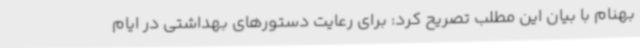
بهنام با بیان این مطلب تصریح کرد: برای رعایت دستورهای بهداشتی در ایام